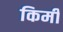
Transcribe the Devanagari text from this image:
किमी